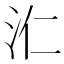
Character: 𣲚